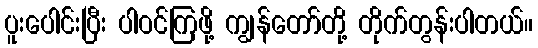
ပူးပေါင်းပြီး ပါဝင်ကြဖို့ ကျွန်တော်တို့ တိုက်တွန်းပါတယ်။